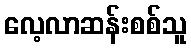
လေ့လာဆန်းစစ်သူ